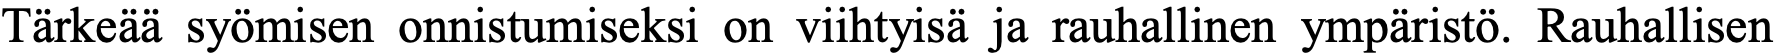
Tärkeää syömisen onnistumiseksi on viihtyisä ja rauhallinen ympäristö. Rauhallisen